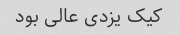
کیک یزدی عالی بود